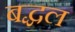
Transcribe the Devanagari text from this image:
बद्धल